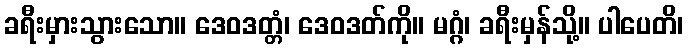
ခရီးမှားသွားသော။ ဒေဝဒတ္တံ၊ ဒေဝဒတ်ကို။ မဂ္ဂံ၊ ခရီးမှန်သို့။ ပါပေတိ၊